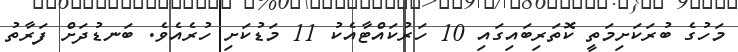
މަހުގެ ބުރަކަށިމަތީ ކޮތަރިބައިގައި 10 ހަރުކައްޓާއެކު 11 މަޑުކަށި ހުރެއެވެ. ބަނޑުދަށް ފަރާތު